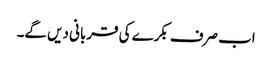
اب صرف بکرے کی قربانی دیں گے۔